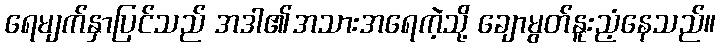
ရေမျက်နှာပြင်သည် အဒါ၏အသားအရေကဲ့သို့ ချောမွတ်နူးညံ့နေသည်။